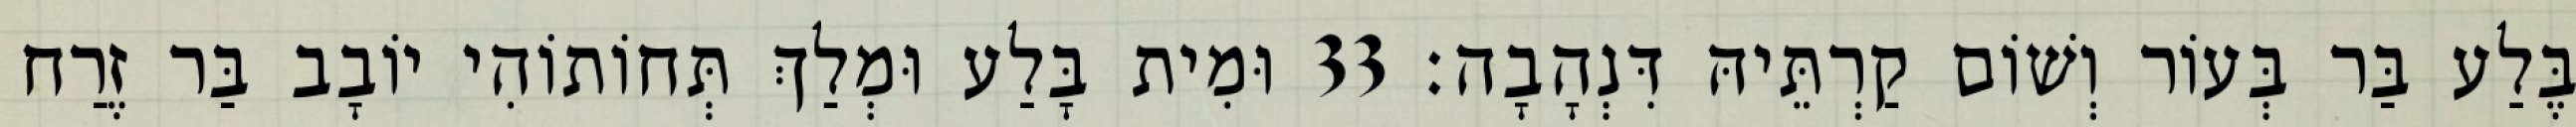
בֶּלַע בַּר בְּעוֹר וְשׁוֹם קַרְתֵּיהּ דִּנְהָבָה׃ 33 וּמִית בָּלַע וּמְלַךְ תְּחוֹתוֹהִי יוֹבָב בַּר זֶרַח